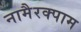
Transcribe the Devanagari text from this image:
नामैरक्पाम